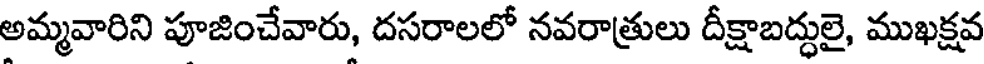
అమ్మవారిని పూజించేవారు, దసరాలలో నవరాత్రులు దీక్షాబద్ధులై, ముఖక్షవ